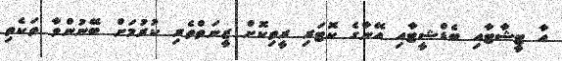
އާ ޓީޝާޓާއި ބެޑްޝީޓާއި އޭނާގެ ކޮޓަރި ރީތިކޮށް ޒީނަތްތެރި ކުރުމަށް ބޭނުންވާ ތަކެތި